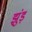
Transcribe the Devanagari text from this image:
झुंड़